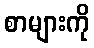
စာများကို